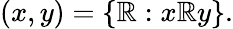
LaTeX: (x,y)=\{ \mathbb{R}:x\mathbb{R}y\} .